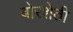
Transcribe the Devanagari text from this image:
बोरशेती